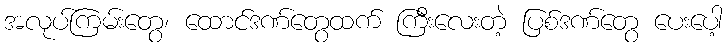
အလုပ်ကြမ်းတွေ၊ ထောင်ဒဏ်တွေထက် ကြီးလေးတဲ့ ပြစ်ဒဏ်တွေ ပေးပေါ့